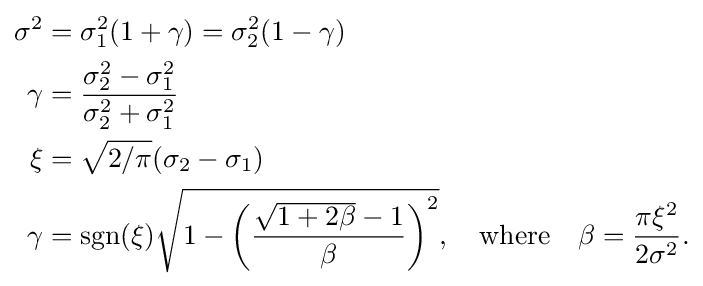
{\begin{aligned}\sigma ^{2}&=\sigma _{1}^{2}(1+\gamma )=\sigma _{2}^{2}(1-\gamma )\\\gamma &={\frac {\sigma _{2}^{2}-\sigma _{1}^{2}}{\sigma _{2}^{2}+\sigma _{1}^{2}}}\\\xi &={\sqrt {2/\pi }}(\sigma _{2}-\sigma _{1})\\\gamma &=\operatorname {sgn} (\xi ){\sqrt {1-\left({\frac {{\sqrt {1+2\beta }}-1}{\beta }}\right)^{2}}},\quad {\text{where}}\quad \beta ={\frac {\pi \xi ^{2}}{2\sigma ^{2}}}.\end{aligned}}